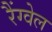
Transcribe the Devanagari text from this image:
रैंग्वेल